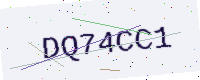
Text: DQ74CC1